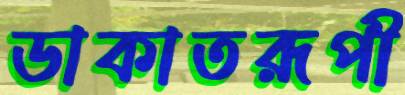
ডাকাতরূপী